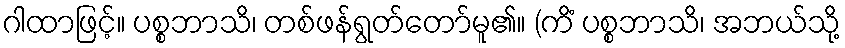
ဂါထာဖြင့်။ ပစ္စဘာသိ၊ တစ်ဖန်ရွတ်တော်မူ၏။ (ကိံ ပစ္စဘာသိ၊ အဘယ်သို့